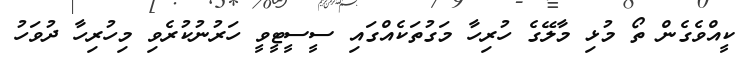
ކީއްވެގެން ތޯ މުޅި މާލޭގެ ހުރިހާ މަގުތަކެއްގައި ސީސީޓީވީ ހަރުނުކުރެވި މިހުރިހާ ދުވަހު